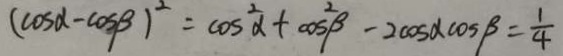
( \cos \alpha - \cos \beta ) ^ { 2 } = \cos ^ { 2 } \alpha + \cos ^ { 2 } \beta - 2 \cos \alpha \cos \beta = \frac { 1 } { 4 }